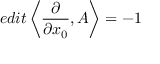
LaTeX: e d i t \left< \frac { \partial } { \partial x _ { 0 } } , A \right> = - 1